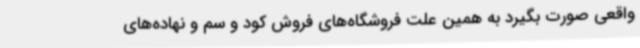
واقعی صورت بگیرد به همین علت فروشگاه‌های فروش کود و سم و نهاده‌های